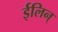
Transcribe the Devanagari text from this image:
ईलिन्